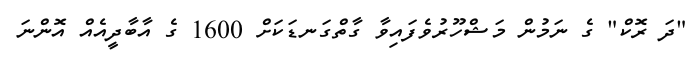
"ދަ ރޮކް" ގެ ނަމުން މަޝްހޫރުވެފައިވާ ގާތްގަނޑަކަށް 1600 ގެ އާބާދީއެއް އޮންނަ